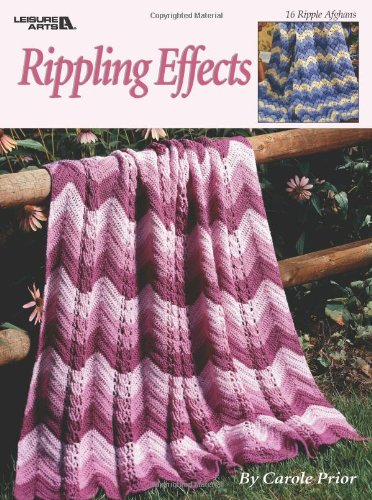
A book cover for Rippling Effects  (Leisure Arts #2761); Carole Prior; Crafts, Hobbies & Home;